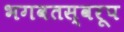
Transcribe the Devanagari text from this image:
भगवतस्वरूप